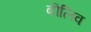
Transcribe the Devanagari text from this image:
बीलिव